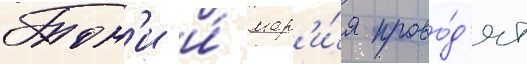
Тон'и и́ мар'и́я прово́д'ят